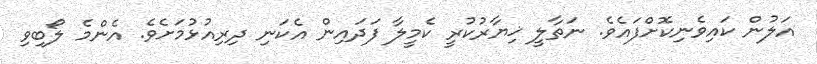
އަލުން ކައިވެނިކޮށްފައެވެ. ނަތާލީ ޚިޔާރުކުރީ ކެމީލާ ފަދައިން އެކަނި ދިރިއުޅުމަށެވެ. އެންމެ ލޯބިވި